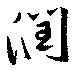
潤